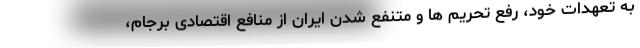
به تعهدات خود، رفع تحریم ها و متنفع شدن ایران از منافع اقتصادی برجام،